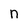
Character: n